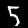
Label: 5